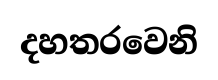
දහතරවෙනි